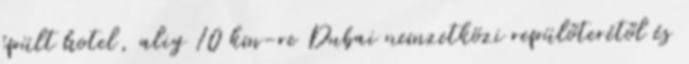
épült hotel, alig 10 km-re Dubai nemzetközi repülőterétől és